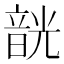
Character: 𩐣